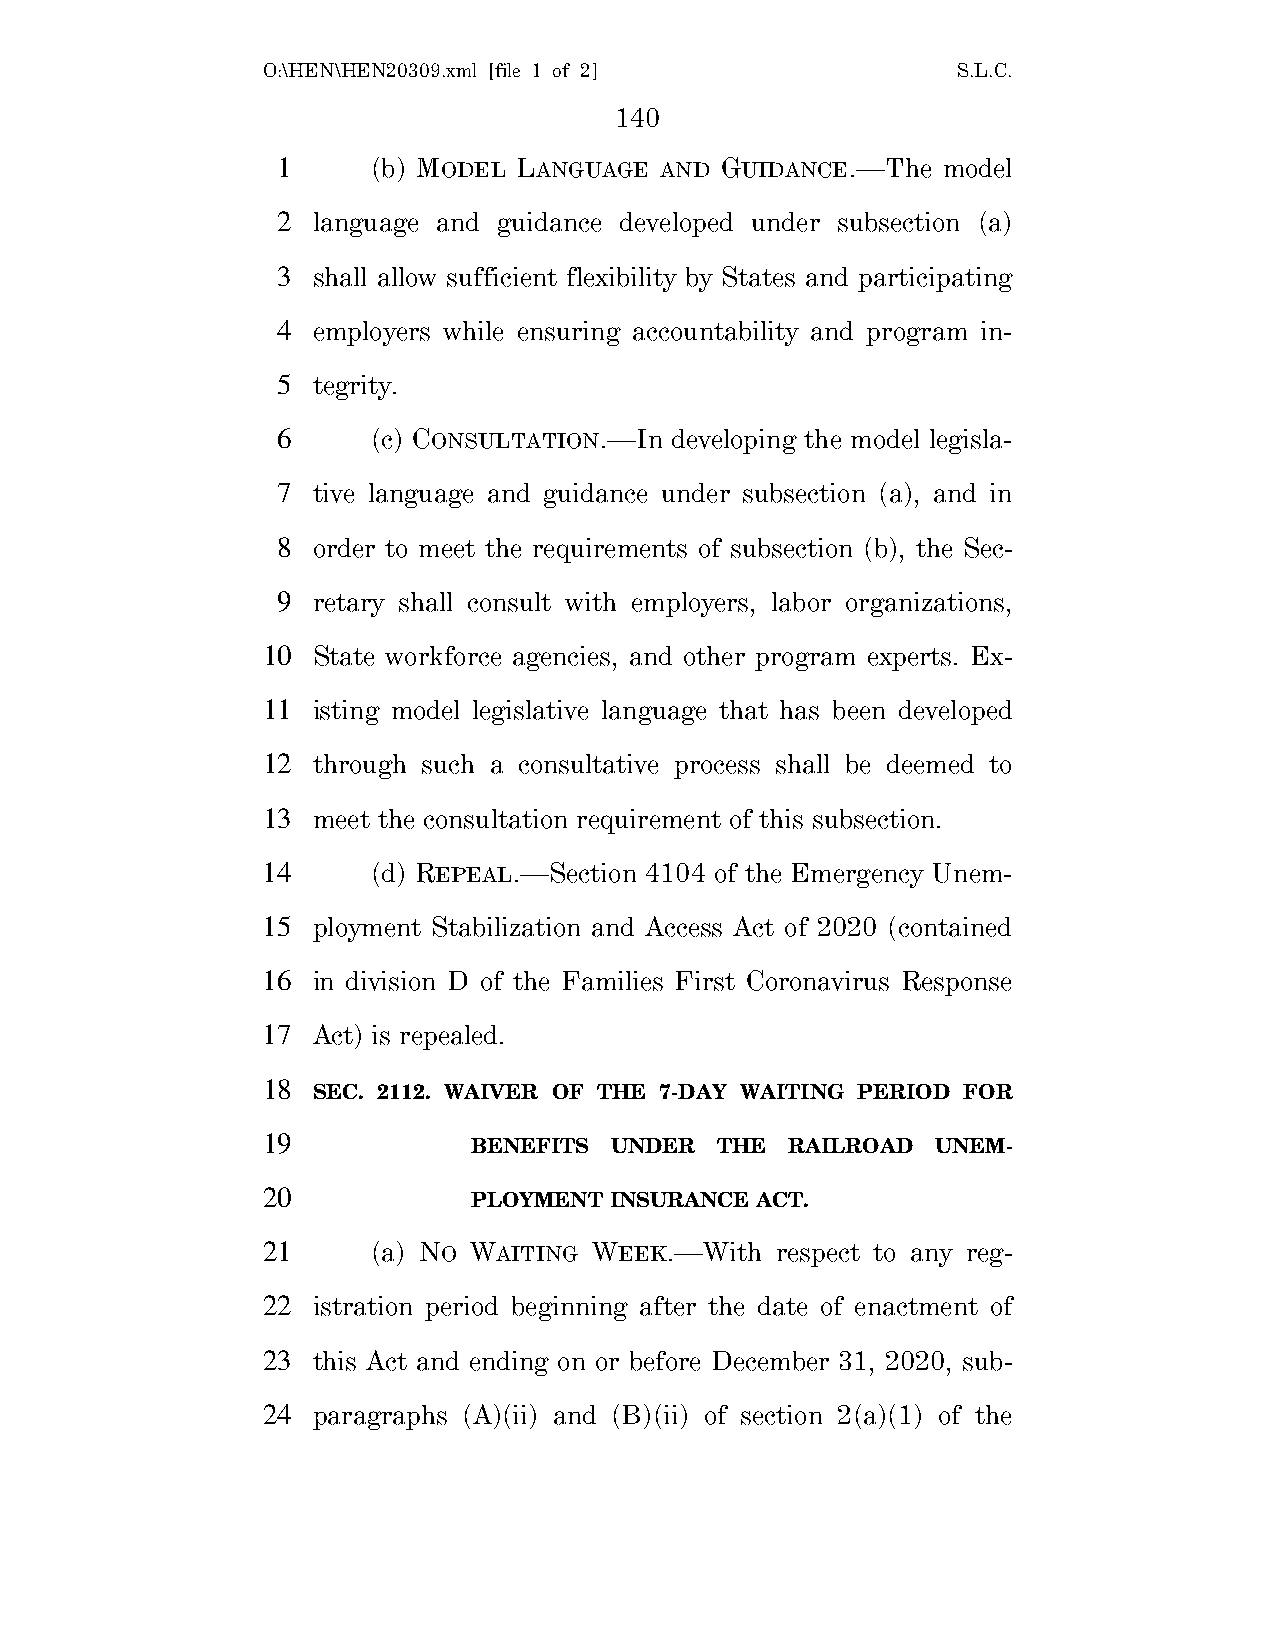
O:\HEN\HEN20309.xml [file 1 of 2]             S.L.C.
 140
 1      (b) MODEL LANGUAGE AND GUIDANCE.—The model
 2  language and guidance developed under subsection (a)
 3  shall allow sufficient flexibility by States and participating
 4  employers while ensuring accountability and program in-
 5  tegrity.
 6      (c) CONSULTATION.—In developing the model legisla-
 7  tive language and guidance under subsection (a), and in
 8  order to meet the requirements of subsection (b), the Sec-
 9  retary shall consult with employers, labor organizations,
 10  State workforce agencies, and other program experts. Ex-
 11  isting model legislative language that has been developed
 12  through such a consultative process shall be deemed to
 13  meet the consultation requirement of this subsection.
 14      (d) REPEAL.—Section 4104 of the Emergency Unem-
 15  ployment Stabilization and Access Act of 2020 (contained
 16  in division D of the Families First Coronavirus Response
 17  Act) is repealed.
 18
 SEC. 2112. WAIVER OF THE 7-DAY WAITING PERIOD FOR
 19
 BENEFITS UNDER   THE RAILROAD  UNEM-
 20
 PLOYMENT INSURANCE ACT.
 21      (a) NO WAITING WEEK.—With respect to any reg-
 22  istration period beginning after the date of enactment of
 23  this Act and ending on or before December 31, 2020, sub-
 24  paragraphs (A)(ii) and (B)(ii) of section 2(a)(1) of the